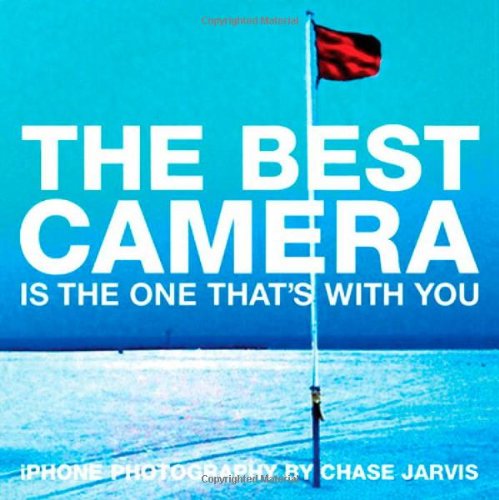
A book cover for The Best Camera Is The One That's With You: iPhone Photography by Chase Jarvis (Voices That Matter); Chase Jarvis; Computers & Technology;